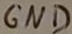
Text: GND